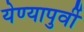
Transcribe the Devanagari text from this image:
येण्यापुर्वी